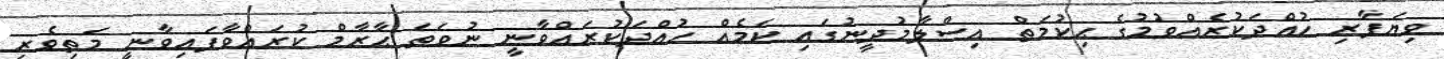
ވިޔަފާރި ހުއްދަކުރެއްވުމުގެ ޙިކުމަތް އިސްލާމުދީނުގައި ކަމެއް ހުއްދަކުރައްވާނީ ނުވަތަ ޙާރާމް ކުރައްވާފައިވާނީ މަތިވެރި